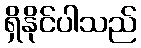
ရှိနိုင်ပါသည်